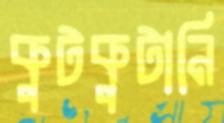
কুটকুটানি